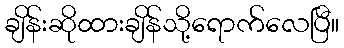
ချိန်းဆိုထားချိန်သို့ရောက်လေပြီ။